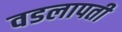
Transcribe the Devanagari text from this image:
वडलापती